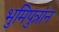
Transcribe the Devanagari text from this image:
भुमिपुत्रांन